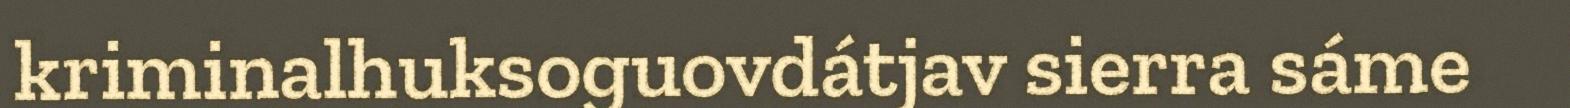
kriminalhuksoguovdátjav sierra sáme